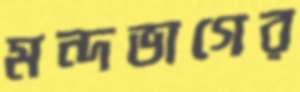
মন্দভাগের